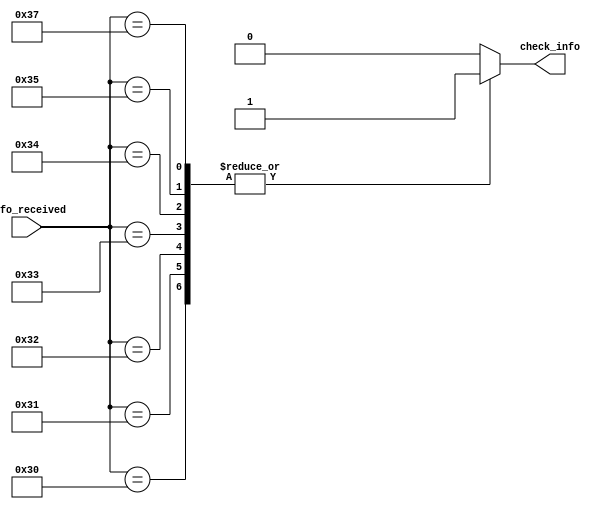
module code_verify(info_received, check_info);
    input [7:0] info_received;
    output reg check_info;
	 
	 //SE DER PROBLEMA, COLOCAR DIRETO DENTRO DO CODIGO DA GENERAL_MEF
		//OUTRA ALTERNATIVA  COLOCAR O FUNCIONAMENTO COM O POSEDGE DO CLOCK, AI TEM QUE RECEBER O CLOCK
	 
	 /* COM RECEBIMENTO DE HEXADECIMAL
    always @* begin
        case(info_received)
            8'h0x01 : check_info = 1'b1; //solicita situao atual do sensor
            8'h0x02 : check_info = 1'b1; //solicita medida de temperatura atual
            8'h0x03 : check_info = 1'b1; //temperatura continua
            8'h0x04 : check_info = 1'b1; //umidade continua
            8'h0x05 : check_info = 1'b1; //temperatura continua desativada
            8'h0x06 : check_info = 1'b1; //umidade continua desativada
            default:check_info=1'b0;
        endcase
    end
	 */
	 
	 //caso com tabela ascii
	 always @* begin
		case(info_received)
			8'b00110000 : check_info = 1'b1; //0x00
			8'b00110001 : check_info = 1'b1; //0x01
			8'b00110010 : check_info = 1'b1; //0x02
			8'b00110011 : check_info = 1'b1; //0x03
			8'b00110100 : check_info = 1'b1; //0x04
			8'b00110101 : check_info = 1'b1; //0x05
			8'b00110111 : check_info = 1'b1; //0x06
			default : check_info = 1'b0;
		endcase
	end
endmodule